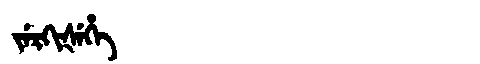
Manchu: ᠵᡝᡵᡴᡳᡧᡝᡥᡝ
Romanization: JERKIŠEHE